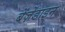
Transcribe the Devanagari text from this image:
बेंज़ेंडाइन